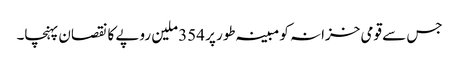
جس سے قومی خزانہ کو مبینہ طور پر 354 ملین روپے کا نقصان پہنچا۔